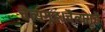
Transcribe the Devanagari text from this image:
चैत्यगृह।चैत्यगृहे